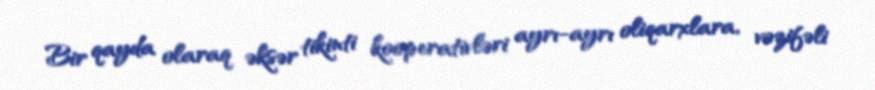
Bir qayda olaraq əksər tikinti kooperativləri ayrı-ayrı oliqarxlara, vəzifəli